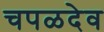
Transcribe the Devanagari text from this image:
चपळदेव